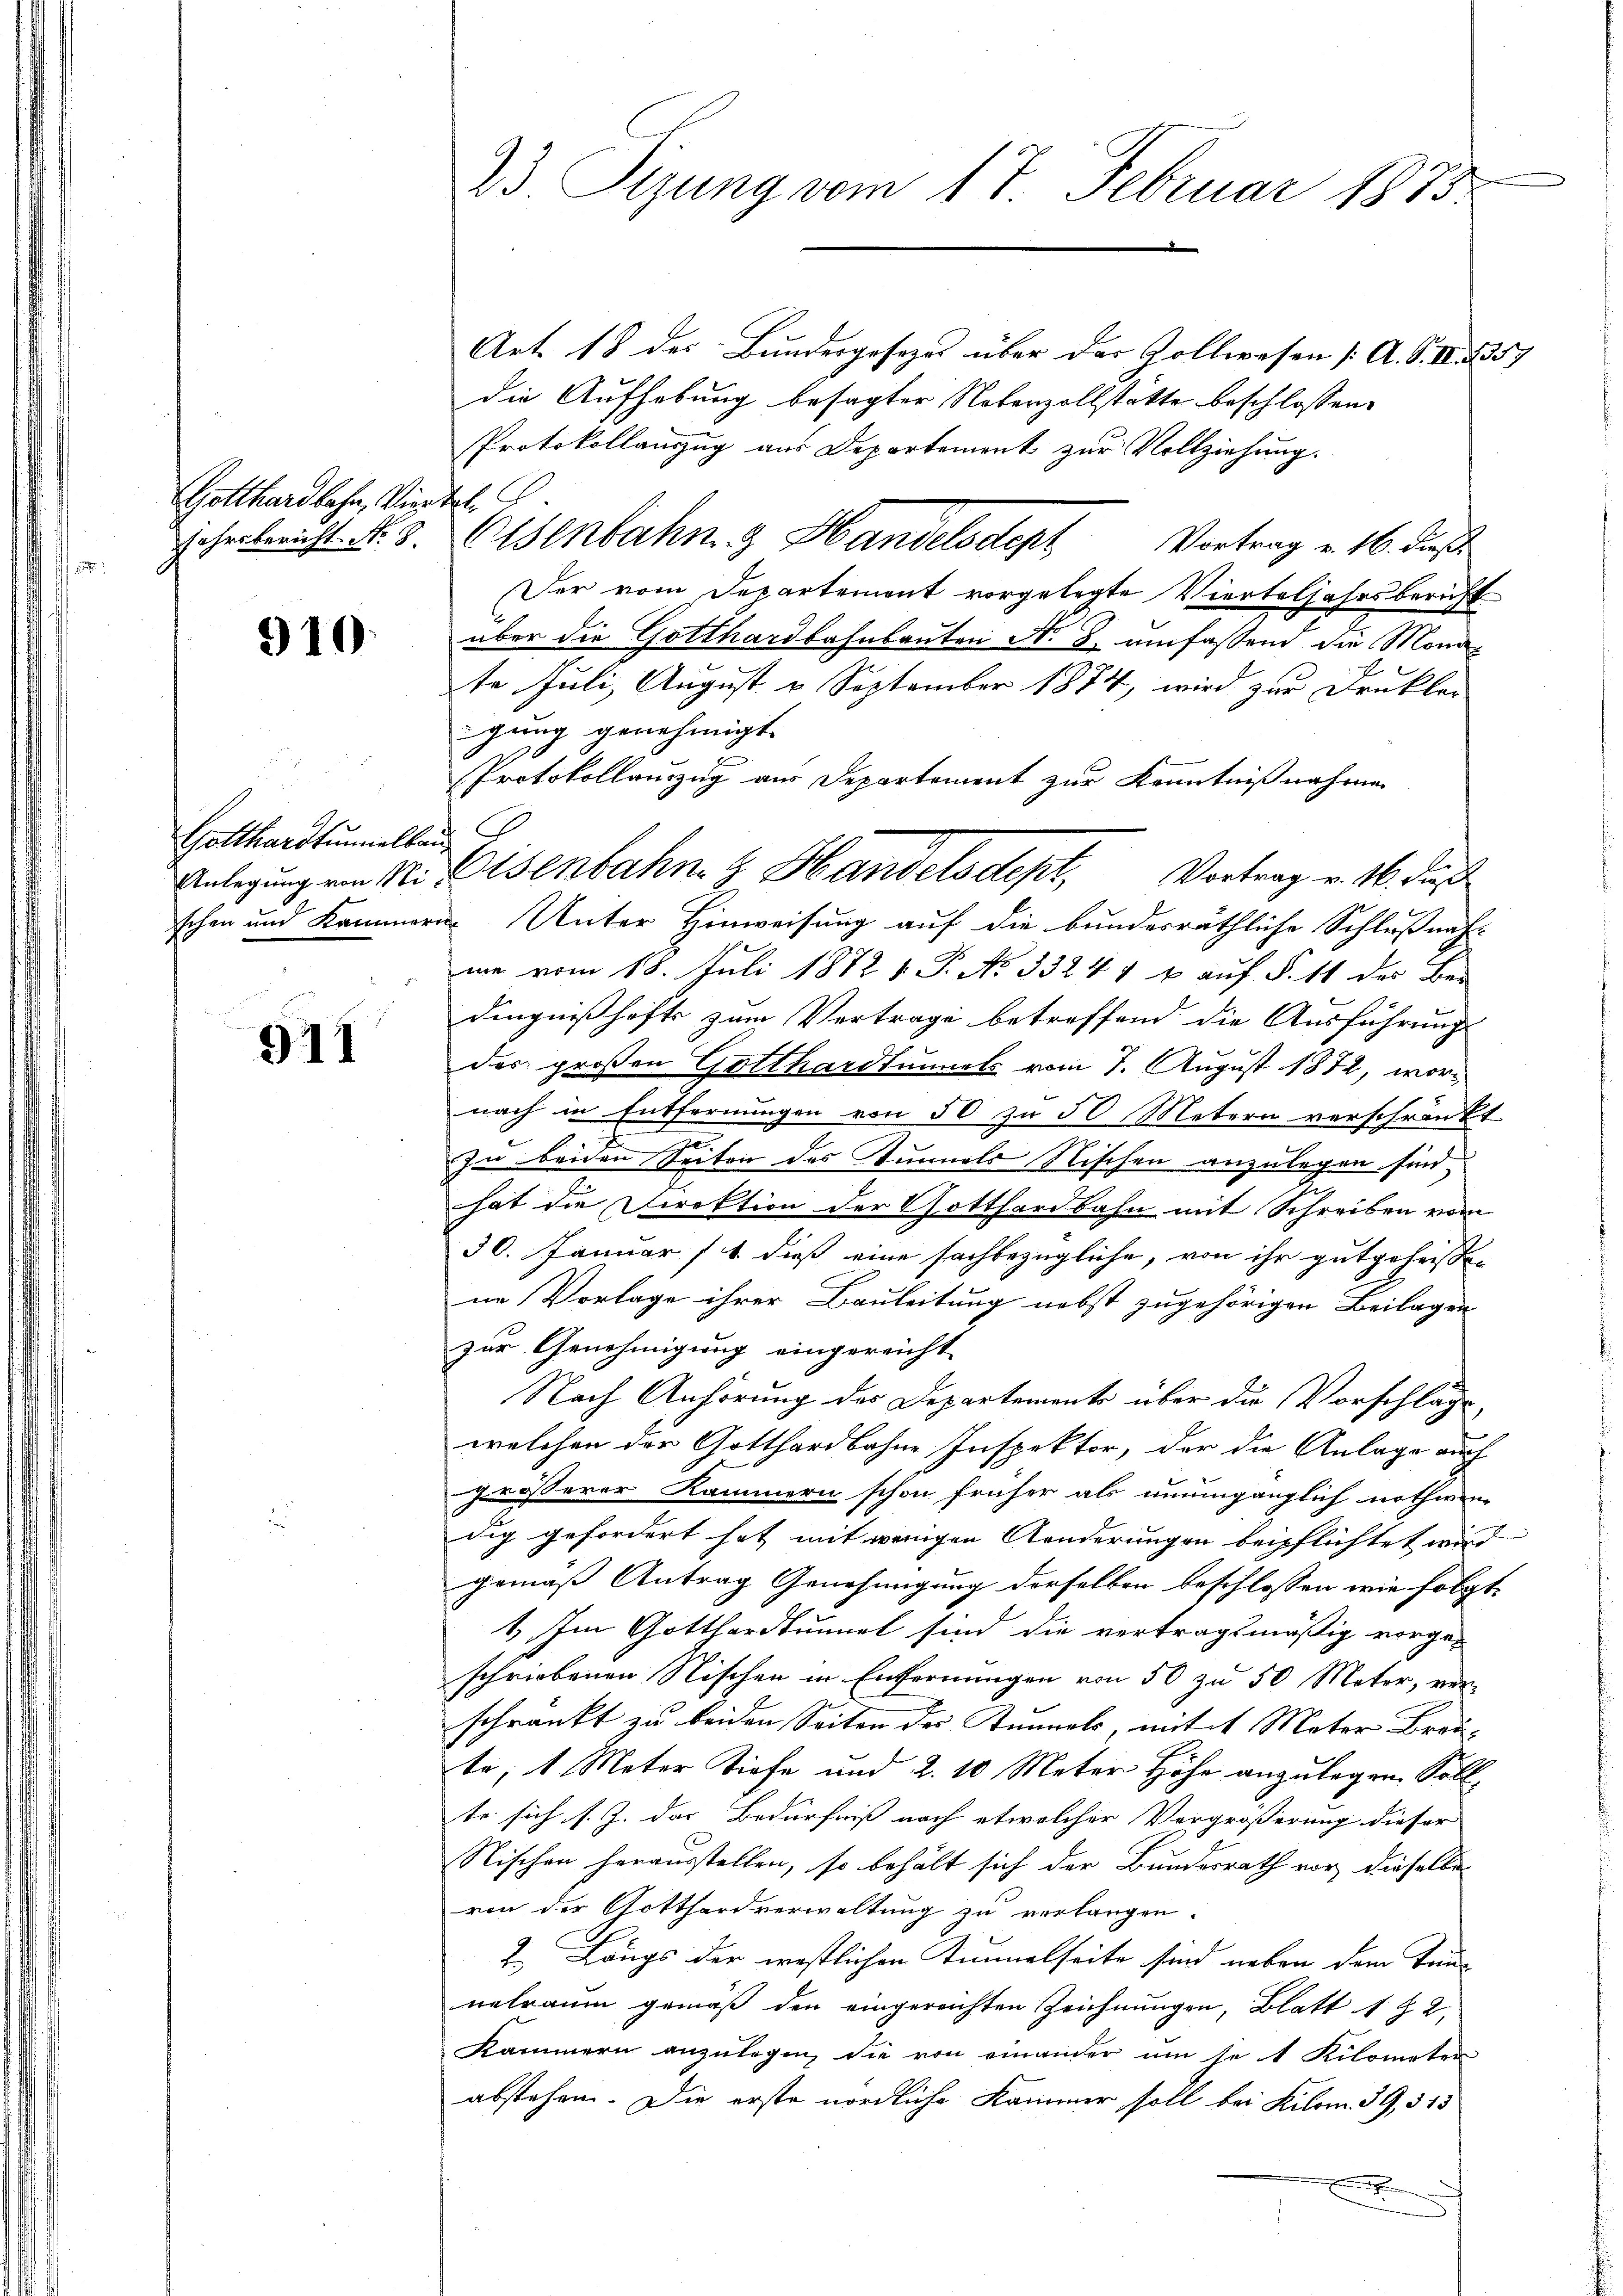
Gotthardbahn, Viertel
jahrsbericht No. 8.

910.

Gotthardtunnalban
Anlegung von Sti
schen und Kammer

911

23 Sizung vom 17. Februar 1875

Art. 18 des Bundesgesezes über der Zollwesen [A. S. II 2357
die Aufhebung besagter Noterzollstätte beschlossen:
Protokollauszug aus Departement zur Vollziehung.
Esenbahn & Handelsden Vortrag v. 16. dies
Der vom Departement vorgelegte Vierteljahrsbericht
über die Gotthardbahnbauten No 2. umfassend die Mond-
te Juli, August u. September 1874, wird zur Drucklei
gung genehmigt.
Protokollanzug aus Departement zur Kenntnißnahmen
 Unter Hinweisung auf die bundesräthliche Schlußnahme vom 18. Juli 1872 1 S. No 33241 u aŭf §. 11 des Ber
dingnißhafts zum Vertrage betreffend die Ausführungs
des großen Gotthardtunnels vom 7. August 1872, wornach in Entfernungen von 50 zu 50 Metern verschränkt.
zu beiden Seiten des Tunnels Nischen anzulegen sind
hat die Direktion der Gotthardbahn mit Schreiben vom
30. Januar 11 dieß eine sachbezügliche, von ihr gutgeheissene Vorlage ihrer Bauleitung nebst zugehörigen Beilagen
zur Genehmigung eingereicht
Nach Anhörung des Departements über die Vorschläge
welchen der Gotthardbahne Inspektor, der die Anlage auch
grösserer Kammern schon früher als unumgänglich nothwen-
nig gefordert hat mit wenigen Aenderungen beipflichtet wird
gemäß Antrag Genehmigung derselben beschlossen wie folgt,
1. Im Gotthardtunnel sind die vertragsmäßig vorge-
schriebenen Nischen in Entfernungen von 50 zu 50 Meter, ver-
schränkt zu beiden Seiten der Sinnels, mit 1 Meter Brau-
te, 1 Meter Tiefe und 2. 10 Meter Höhe anzulegen. Sollte sich s. Z. das Bedürfniß nach etwelcher Vergrößerung dieser
Nischen herausstellen, so behält sich der Bundesrath vor, dieselbe
von der Gottfordverwaltung zu verlangen.
2. Längs der westlichen Zimmelseite sind neben dem Tun-
nelraum gemäß den eingereichten Zeichnungen, Blatt 1 § 2.
Kammern anzulegen, die von einander um je 1 Kilometer
abstehen. Die erste nördliche Kammer soll bei Kilom. 39,313
A

Eisenbahn z. Handelsdept, Vertrag v. M. daß